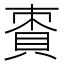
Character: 𧵩